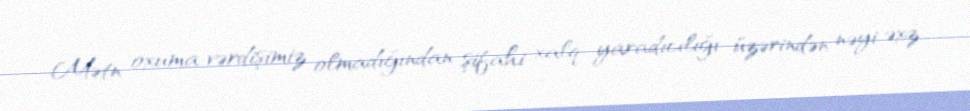
Mətn oxuma vərdişimiz olmadığından şifahi xalq yaradıcılığı üzərindən nəyi əxz